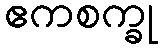
ဧကစက္ခု